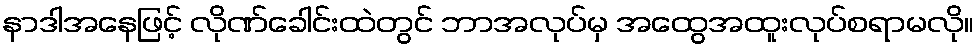
နာဒါအနေဖြင့် လိုဏ်ခေါင်းထဲတွင် ဘာအလုပ်မှ အထွေအထူးလုပ်စရာမလို။